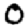
Digit: 0